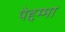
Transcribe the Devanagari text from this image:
पेद्दम्मा